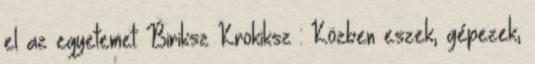
el az egyetemet: Biriksz Krokiksz : Közben eszek, gépezek,